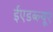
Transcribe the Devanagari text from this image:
ईएडब्ल्यूए